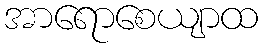
အာရောစေယျာထ